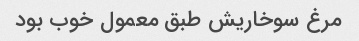
مرغ سوخاریش طبق معمول خوب بود